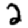
Digit: 2